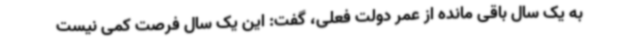
به یک سال باقی مانده از عمر دولت فعلی، گفت: این یک سال فرصت کمی نیست